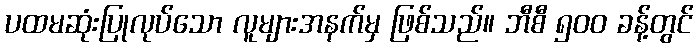
ပထမဆုံးပြုလုပ်သော လူများအနက်မှ ဖြစ်သည်။ ဘီစီ ၅၀၀ ခန့်တွင်